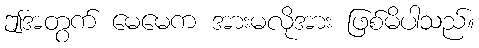
ဤအတွက် မေမေက အားမလိုအား ဖြစ်မိပါသည်။